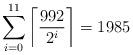
LaTeX: \begin{align*}\sum_{i=0}^{11} \left\lceil \frac{992}{2^i}\right\rceil= 1985\end{align*}